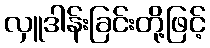
လှူဒါန်းခြင်းတို့ဖြင့်